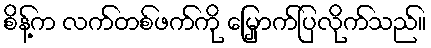
စိန့်က လက်တစ်ဖက်ကို မြှောက်ပြလိုက်သည်။